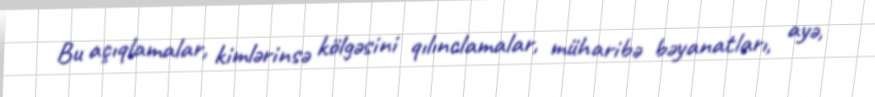
Bu açıqlamalar, kimlərinsə kölgəsini qılınclamalar, müharibə bəyanatları, ayə,